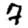
Digit: 7